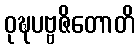
ဝုဍ္ဎပဗ္ဗဇိတောတိ